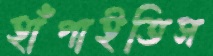
হাঁপাইতিস